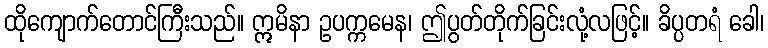
ထိုကျောက်တောင်ကြီးသည်။ ဣမိနာ ဥပက္ကမေန၊ ဤပွတ်တိုက်ခြင်းလုံ့လဖြင့်။ ခိပ္ပတရံ ခေါ၊